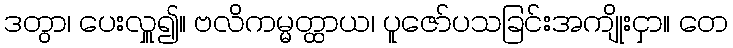
ဒတွာ၊ ပေးလှူ၍။ ဗလိကမ္မတ္ထာယ၊ ပူဇော်ပသခြင်းအကျိုးငှာ။ တေ